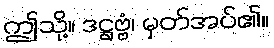
ဤသို့။ ဒဋ္ဌဗ္ဗံ၊ မှတ်အပ်၏။